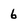
Character: 6